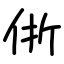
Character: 㑜